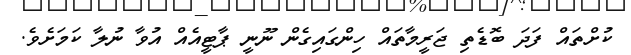
ކުށްތައް ފަދަ ބޮޑެތި ޖަރީމާތައް ހިންގައިގެން ނޫނީ ޕާޓީއެއް އުވާ ނުލާ ކަމަށެވެ.